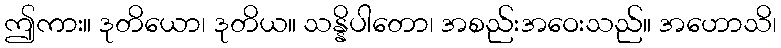
ဤကား။ ဒုတိယော၊ ဒုတိယ။ သန္နိပါတော၊ အစည်းအဝေးသည်။ အဟောသိ၊